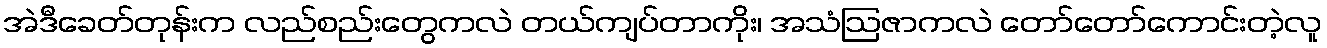
အဲဒီခေတ်တုန်းက လည်စည်းတွေကလဲ တယ်ကျပ်တာကိုး၊ အသံဩဇာကလဲ တော်တော်ကောင်းတဲ့လူ